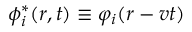
\phi _ { i } ^ { * } ( \boldsymbol { r } , t ) \equiv \varphi _ { i } ( \boldsymbol { r } - \boldsymbol { v } t )